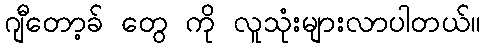
ဂျီတော့ခ် တွေ ကို လူသုံးများလာပါတယ်။